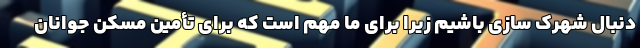
دنبال شهرک سازی باشیم زیرا برای ما مهم است که برای تأمین مسکن جوانان